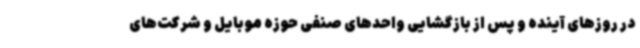
در روزهای آینده و پس از بازگشایی واحدهای صنفی حوزه موبایل و شرکت‌های